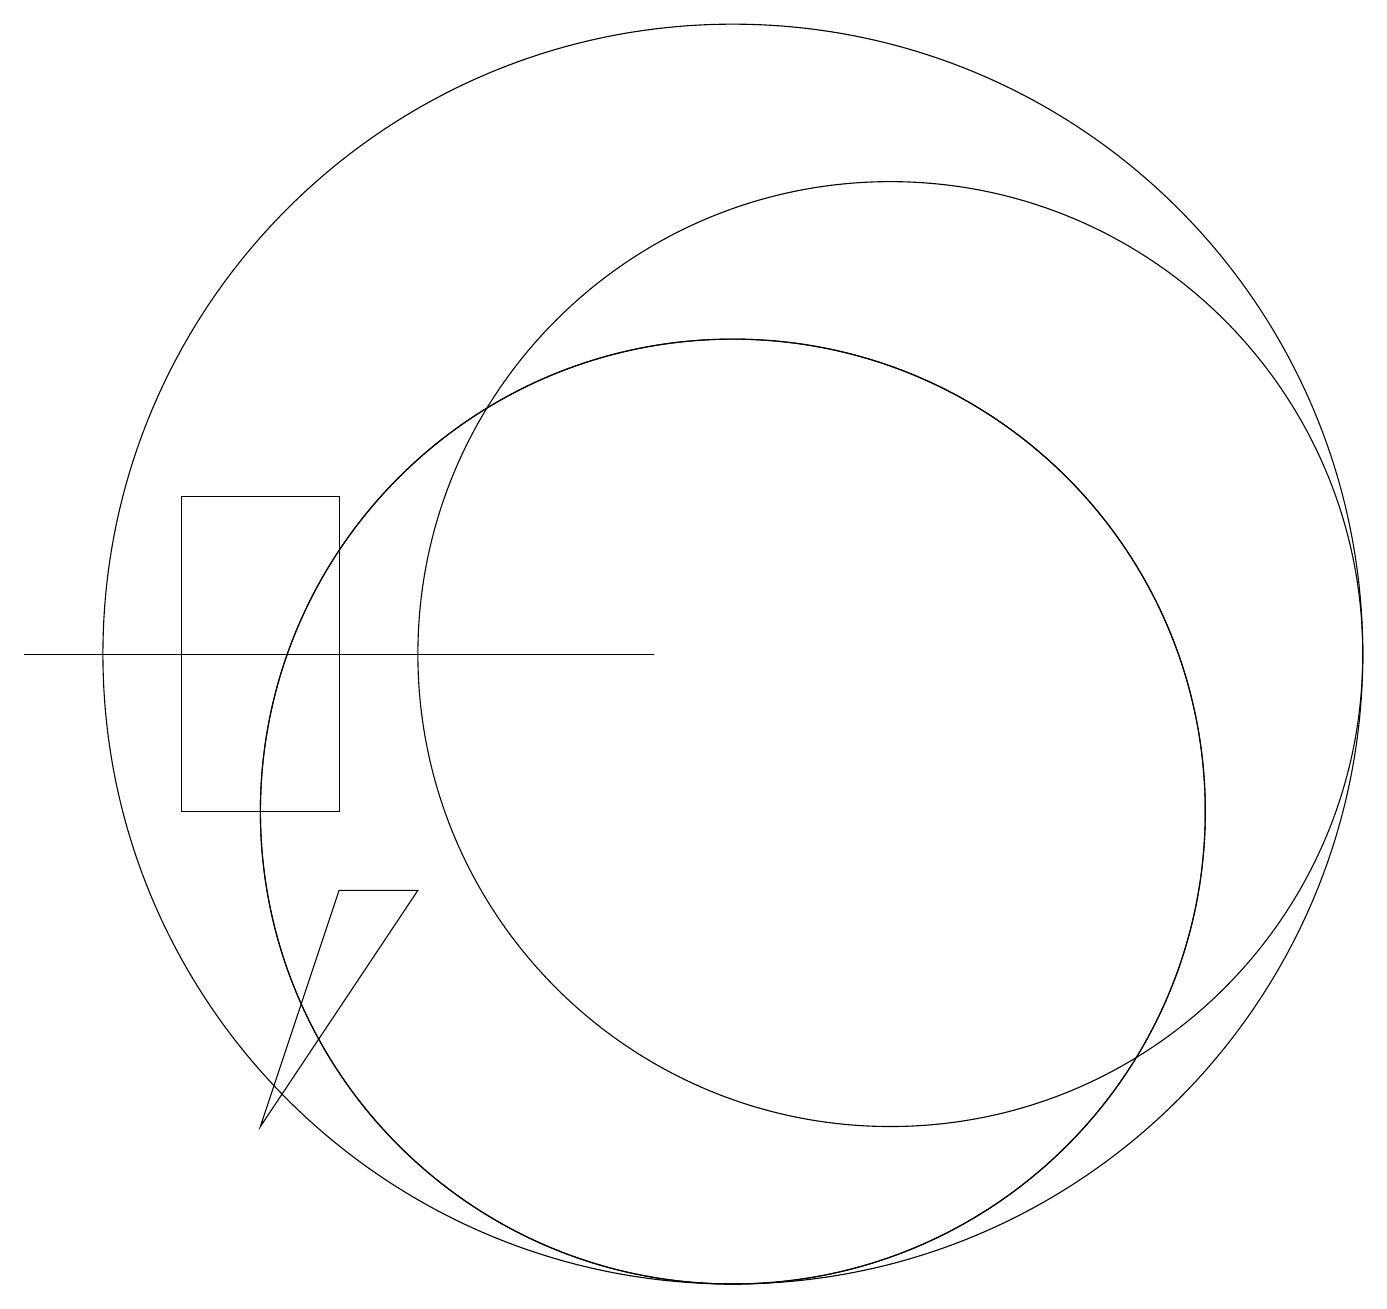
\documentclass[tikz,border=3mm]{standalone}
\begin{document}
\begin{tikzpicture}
\draw (10,10) circle (6);
\draw (6,9) -- (4,6) -- (5,9) -- cycle;
\draw (3,14) rectangle (5,10);
\draw (10,10) circle (6);
\draw (10,12) circle (8);
\draw (12,12) circle (6);
\draw (9,12) rectangle (1,12);
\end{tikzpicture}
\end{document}